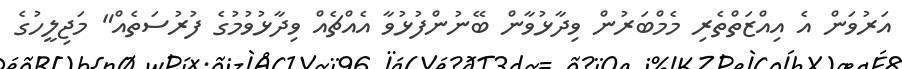
އަރުވަން އެ އިއްޒަތްތެރި މެމްބަރުން ވިދާޅުވާން ބޭނުންފުޅުވާ އެއްޗެއް ވިދާޅުވުމުގެ ފުރުސަތެއް" މަޖިލީހުގެ